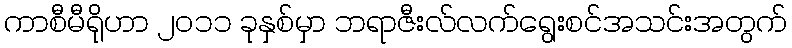
ကာစီမီရိုဟာ ၂၀၁၁ ခုနှစ်မှာ ဘရာဇီးလ်လက်ရွေးစင်အသင်းအတွက်